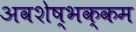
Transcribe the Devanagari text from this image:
अवशेष्भक्कम